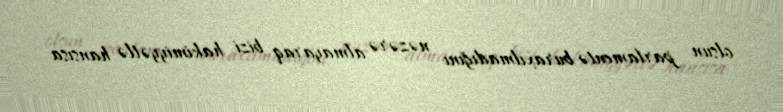
olsun parlamentə buraxılmadığını nəzərə almayaraq bizi hakimiyyətlə hansısa